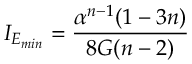
I _ { E _ { m i n } } = \frac { \alpha ^ { n - 1 } ( 1 - 3 n ) } { 8 G ( n - 2 ) }